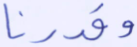
وقدرنا